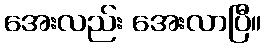
အေးလည်း အေးလာပြီ။